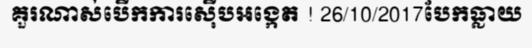
គួរណាស់បើកការស៊ើបអង្កេត ! 26/10/2017បែកធ្លាយ